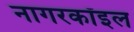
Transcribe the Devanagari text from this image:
नागरकॉइल